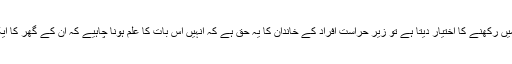
اگر قانون کسی کو نوے دن حراست میں رکھنے کا اختیار دیتا ہے تو زیر حراست افراد کے خاندان کا یہ حق ہے کہ انہیں اس بات کا علم ہونا چاہیے کہ ان کے گھر کا ایک فردحکومت کے زیر حراست ہے۔